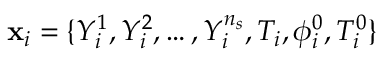
\mathbf { x } _ { i } = \{ Y _ { i } ^ { 1 } , Y _ { i } ^ { 2 } , \ldots , Y _ { i } ^ { n _ { s } } , T _ { i } , \phi _ { i } ^ { 0 } , T _ { i } ^ { 0 } \}